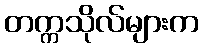
တက္ကသိုလ်များက